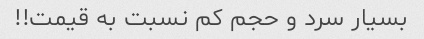
بسیار سرد و حجم کم نسبت به قیمت!!